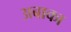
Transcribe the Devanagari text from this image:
अबाका